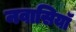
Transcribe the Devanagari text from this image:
नवासियाॅ